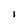
Character: l